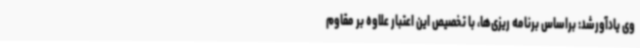
وی یادآورشد: براساس برنامه ریزی‌ها، با تخصیص این اعتبار علاوه بر مقاوم